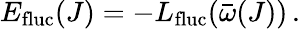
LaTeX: E_{\mathrm{fluc}}(J)=-L_{\mathrm{fluc}}(\bar{\omega}(J))\, .